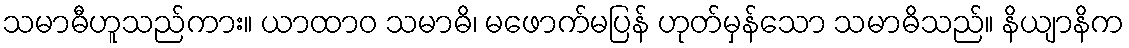
သမာဓီဟူသည်ကား။ ယာထာဝ သမာဓိ၊ မဖောက်မပြန် ဟုတ်မှန်သော သမာဓိသည်။ နိယျာနိက